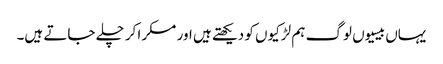
یہاں بیسیوں لوگ ہم لڑکیوں کو دیکھتے ہیں اور مسکرا کر چلے جاتے ہیں۔